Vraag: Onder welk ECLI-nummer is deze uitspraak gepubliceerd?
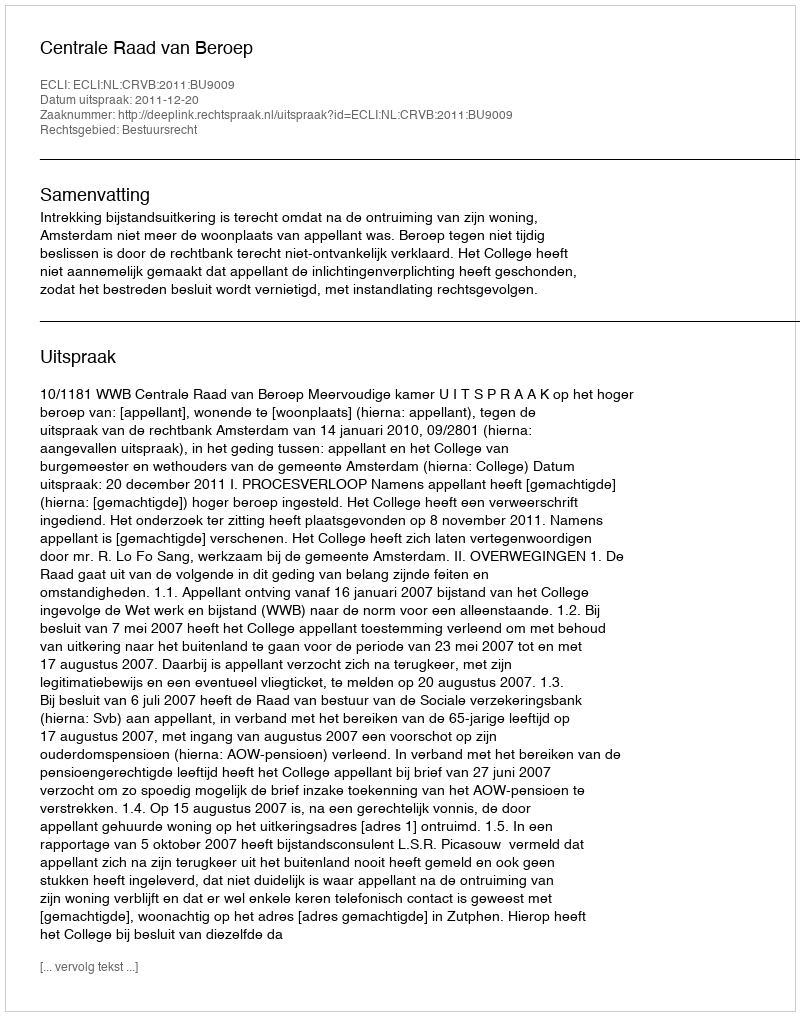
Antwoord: ECLI:NL:CRVB:2011:BU9009